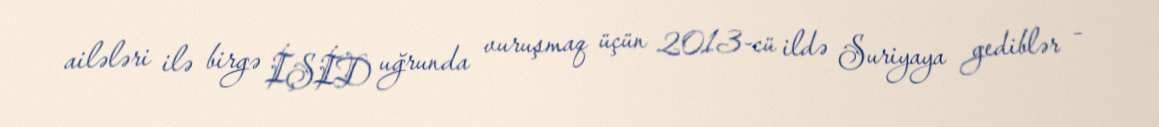
ailələri ilə birgə İŞİD uğrunda vuruşmaq üçün 2013-cü ildə Suriyaya gediblər –